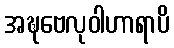
အဍ္ဎဗေလုဝါဟာရာပိ